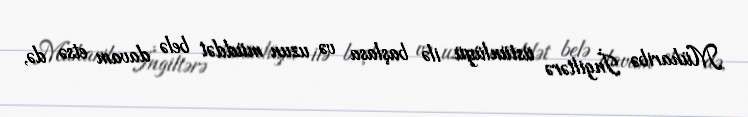
Müharibə İngiltərə üstünlüyü ilə başlasa və uzun müddət belə davam etsə də,